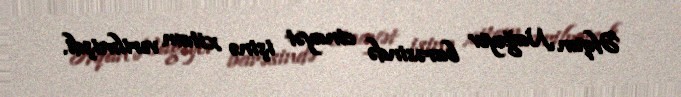
Əfqan Nağıyev barəsində cinayət işinə xitam verilmişdi.